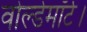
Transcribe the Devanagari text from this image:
वोल्डेमॉर्ट।